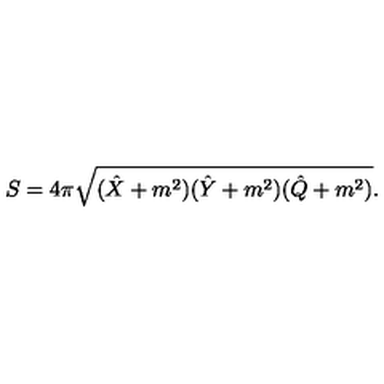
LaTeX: S = 4 \pi \sqrt { ( \hat { X } + m ^ { 2 } ) ( \hat { Y } + m ^ { 2 } ) ( \hat { Q } + m ^ { 2 } ) } .